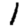
Digit: 1